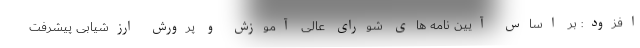
افزود: بر اساس آیین نامه های شورای عالی آموزش و پرورش ارزشیابی پیشرفت